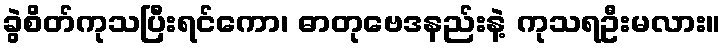
ခွဲစိတ်ကုသပြီးရင်ကော၊ ဓာတုဗေဒနည်းနဲ့ ကုသရဦးမလား။